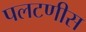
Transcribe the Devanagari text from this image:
पलटणीस